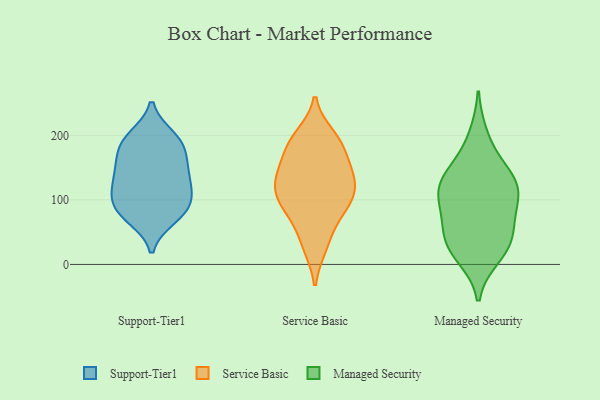
{"axis": {"x": "Page Views", "y": "Value"}, "legend": ["Managed Security", "Service Basic", "Support-Tier1"], "data": [{"x": "", "y": 191, "type": "Support-Tier1"}, {"x": "", "y": 198, "type": "Support-Tier1"}, {"x": "", "y": 109, "type": "Support-Tier1"}, {"x": "", "y": 121, "type": "Support-Tier1"}, {"x": "", "y": 145, "type": "Support-Tier1"}, {"x": "", "y": 143, "type": "Support-Tier1"}, {"x": "", "y": 84, "type": "Support-Tier1"}, {"x": "", "y": 113, "type": "Support-Tier1"}, {"x": "", "y": 164, "type": "Support-Tier1"}, {"x": "", "y": 105, "type": "Support-Tier1"}, {"x": "", "y": 150, "type": "Support-Tier1"}, {"x": "", "y": 184, "type": "Support-Tier1"}, {"x": "", "y": 79, "type": "Support-Tier1"}, {"x": "", "y": 192, "type": "Support-Tier1"}, {"x": "", "y": 72, "type": "Support-Tier1"}, {"x": "", "y": 80, "type": "Support-Tier1"}, {"x": "", "y": 92, "type": "Service Basic"}, {"x": "", "y": 177, "type": "Service Basic"}, {"x": "", "y": 116, "type": "Service Basic"}, {"x": "", "y": 188, "type": "Service Basic"}, {"x": "", "y": 187, "type": "Service Basic"}, {"x": "", "y": 58, "type": "Service Basic"}, {"x": "", "y": 126, "type": "Service Basic"}, {"x": "", "y": 193, "type": "Service Basic"}, {"x": "", "y": 83, "type": "Service Basic"}, {"x": "", "y": 96, "type": "Service Basic"}, {"x": "", "y": 29, "type": "Service Basic"}, {"x": "", "y": 139, "type": "Service Basic"}, {"x": "", "y": 199, "type": "Service Basic"}, {"x": "", "y": 90, "type": "Service Basic"}, {"x": "", "y": 111, "type": "Service Basic"}, {"x": "", "y": 28, "type": "Service Basic"}, {"x": "", "y": 145, "type": "Service Basic"}, {"x": "", "y": 144, "type": "Service Basic"}, {"x": "", "y": 117, "type": "Service Basic"}, {"x": "", "y": 148, "type": "Service Basic"}, {"x": "", "y": 12, "type": "Managed Security"}, {"x": "", "y": 54, "type": "Managed Security"}, {"x": "", "y": 156, "type": "Managed Security"}, {"x": "", "y": 66, "type": "Managed Security"}, {"x": "", "y": 77, "type": "Managed Security"}, {"x": "", "y": 38, "type": "Managed Security"}, {"x": "", "y": 124, "type": "Managed Security"}, {"x": "", "y": 147, "type": "Managed Security"}, {"x": "", "y": 22, "type": "Managed Security"}, {"x": "", "y": 115, "type": "Managed Security"}, {"x": "", "y": 200, "type": "Managed Security"}, {"x": "", "y": 114, "type": "Managed Security"}, {"x": "", "y": 116, "type": "Managed Security"}, {"x": "", "y": 28, "type": "Managed Security"}, {"x": "", "y": 107, "type": "Managed Security"}]}